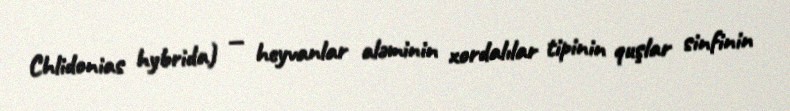
Chlidonias hybrida) — heyvanlar aləminin xordalılar tipinin quşlar sinfinin